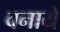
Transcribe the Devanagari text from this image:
वनाये